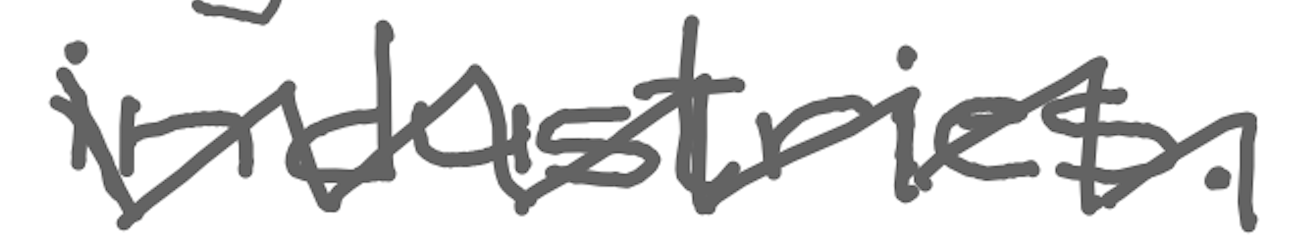
Text: industries.
Cross-out: zig-zag
Writing tool: digital_gray